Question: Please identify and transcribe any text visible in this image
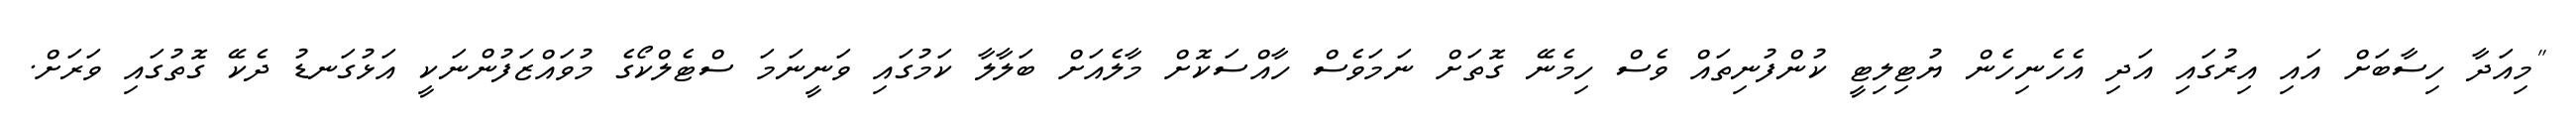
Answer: "މިއަދާ ހިސާބަށް އައި އިރުގައި އަދި އެހެނިހެން ޔުޓިލިޓީ ކުންފުނިތައް ވެސް ހިމެނޭ ގޮތަށް ނަމަވެސް ހާއްސަކޮށް މާލެއަށް ބަލާލާ ކަމުގައި ވަނީނަމަ ސްޓެލްކޯގެ މުވައްޒަފުންނަކީ އަޅުގަނޑު ދެކޭ ގޮތުގައި ވަރަށް.